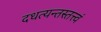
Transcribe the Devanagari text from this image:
दधत्यन्तस्तत्त्वं